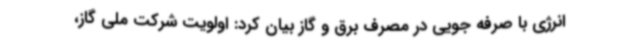
انرژی با صرفه جویی در مصرف برق و گاز بیان کرد: اولویت شرکت ملی گاز،